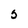
Character: S